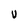
Character: U